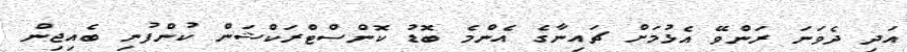
އަދި ދެވަނަ ރަންވޭ އެޅުމަށް ޗައިނާގެ އެންމެ ބޮޑު ކޮންސްޓްރަކްޝަން ކުންފުނި ބެއިޖިން